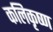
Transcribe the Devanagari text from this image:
कलिकृष्ण